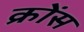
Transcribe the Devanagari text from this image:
क्रोंस